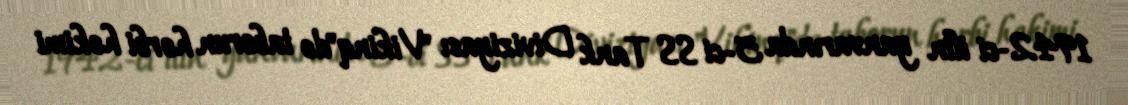
1942-ci ilin yanvarında 5-ci SS Tank Diviziyası "Vikinq"də taborun hərbi həkimi